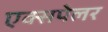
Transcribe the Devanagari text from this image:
एक्सपेलर